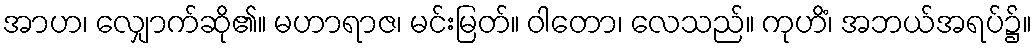
အာဟ၊ လျှောက်ဆို၏။ မဟာရာဇ၊ မင်းမြတ်။ ဝါတော၊ လေသည်။ ကုဟိံ၊ အဘယ်အရပ်၌။